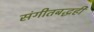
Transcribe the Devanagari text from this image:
संगीतबद्धही